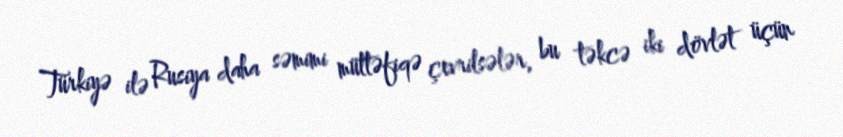
Türkiyə ilə Rusiya daha səmimi müttəfiqə çevrilsələr, bu təkcə iki dövlət üçün